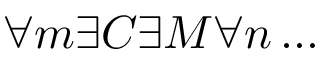
\forall m \exists C \exists M \forall n \dots